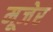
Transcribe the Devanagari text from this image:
मूजेर